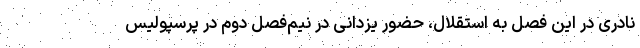
نادری در این فصل به استقلال، حضور یزدانی در نیم‌فصل دوم در پرسپولیس